Civil Veterinary Department ledger series I-VI
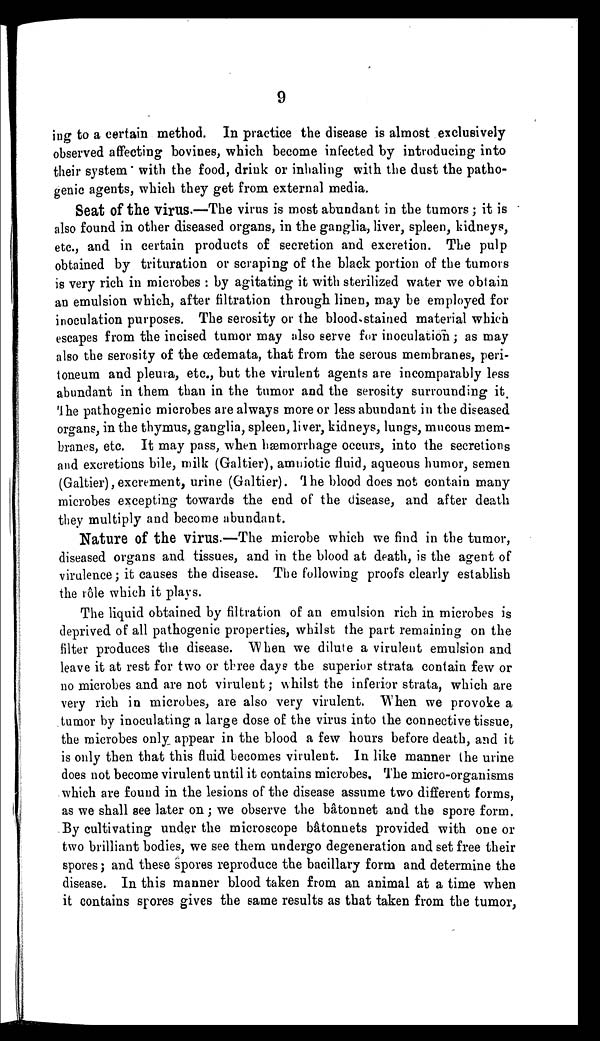
9
ing to a certain method. In practice the disease is almost exclusively
observed affecting bovines, which become infected by introducing into
their system with the food, drink or inhaling with the dust the patho-
genic agents, which they get from external media.
Seat of the virus.—The virus is most abundant in the tumors; it is
also found in other diseased organs, in the ganglia, liver, spleen, kidneys,
etc., and in certain products of secretion and excretion. The pulp
obtained by trituration or scraping of the black portion of the tumors
is very rich in microbes: by agitating it with sterilized water we obtain
an emulsion which, after filtration through linen, may be employed for
inoculation purposes. The serosity or the blood-stained material which
escapes from the incised tumor may also serve for inoculation; as may
also the serosity of the œdemata, that from the serous membranes, peri-
toneum and pleura, etc., but the virulent agents are incomparably less
abundant in them than in the tumor and the serosity surrounding it.
The pathogenic microbes are always more or less abundant in the diseased
organs, in the thymus, ganglia, spleen, liver, kidneys, lungs, mucous mem-
branes, etc. It may pass, when hæmorrhage occurs, into the secretions
and excretions bile, milk (Galtier), amniotic fluid, aqueous humor, semen
(Galtier), excrement, urine (Galtier). The blood does not contain many
microbes excepting towards the end of the disease, and after death
they multiply and become abundant.
Nature of the virus.—The microbe which we find in the tumor,
diseased organs and tissues, and in the blood at death, is the agent of
virulence; it causes the disease. The following proofs clearly establish
the rôle which it plays.
The liquid obtained by filtration of an emulsion rich in microbes is
deprived of all pathogenic properties, whilst the part remaining on the
filter produces the disease. When we dilute a virulent emulsion and
leave it at rest for two or three days the superior strata contain few or
no microbes and are not virulent; whilst the inferior strata, which are
very rich in microbes, are also very virulent. When we provoke a
tumor by inoculating a large dose of the virus into the connective tissue,
the microbes only appear in the blood a few hours before death, and it
is only then that this fluid becomes virulent. In like manner the urine
does not become virulent until it contains microbes. The micro-organisms
which are found in the lesions of the disease assume two different forms,
as we shall see later on; we observe the bâtonnet and the spore form.
By cultivating under the microscope bâtonnets provided with one or
two brilliant bodies, we see them undergo degeneration and set free their
spores; and these spores reproduce the bacillary form and determine the
disease. In this manner blood taken from an animal at a time when
it contains spores gives the same results as that taken from the tumor,